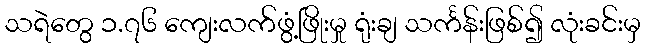
သရဲတွေ ၁.၇၆ ကျေးလက်ဖွံ့ဖြိုးမှု ရုံးချ သင်္ကန်းဖြစ်၍ လုံးခင်းမှ